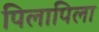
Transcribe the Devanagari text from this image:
पिलापिला